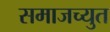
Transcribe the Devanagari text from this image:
समाजच्युत